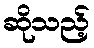
ဆိုသည့်